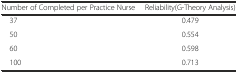
<table><thead><tr><td><b>Number of Completed per Practice Nurse</b></td><td><b>Reliability(G-Theory Analysis)</b></td></tr></thead><tbody><tr><td> 37</td><td>0.479</td></tr><tr><td> 50</td><td>0.554</td></tr><tr><td> 60</td><td>0.598</td></tr><tr><td> 100</td><td>0.713</td></tr></tbody></table>